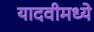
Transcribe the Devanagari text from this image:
यादवीमध्ये